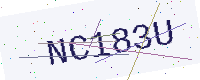
Text: NC183U